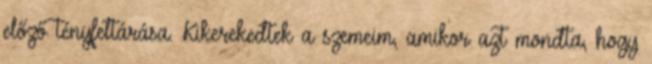
előző tényfeltárása. Kikerekedtek a szemeim, amikor azt mondta, hogy